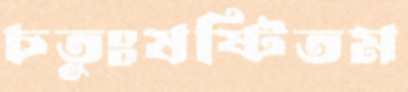
চতুঃষষ্টিতম